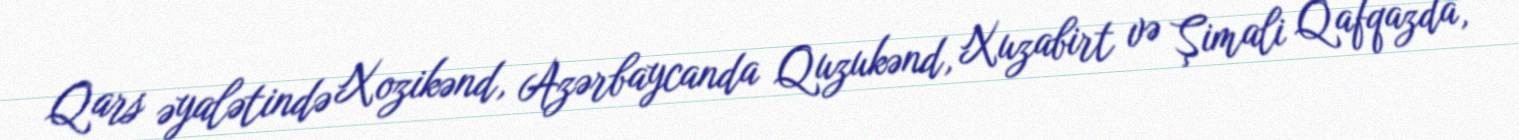
Qars əyalətində Xozikənd, Azərbaycanda Quzukənd, Xuzabirt və Şimali Qafqazda,